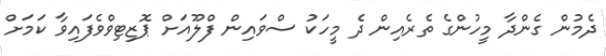
ދެމުން ގެންދާ މީހުންގެ ތެރެއިން ދެ މީހަކު ސްވައިން ފްލޫއަށް ޕޮޒިޓިވްވެފައިވާ ކަމަށް